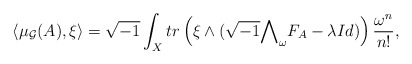
\begin{align*} \langle\mu_{\mathcal{G}}(A),\xi\rangle=\sqrt{-1}\int_{X}tr\left(\xi\wedge(\sqrt{-1}{\bigwedge}_{\omega}F_{A}-\lambda Id)\right)\frac{\omega^{n}}{n!}, \end{align*}